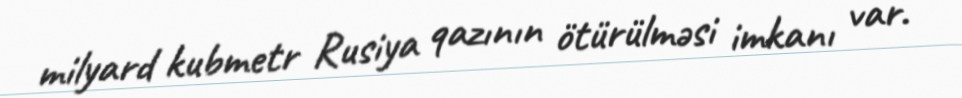
milyard kubmetr Rusiya qazının ötürülməsi imkanı var.